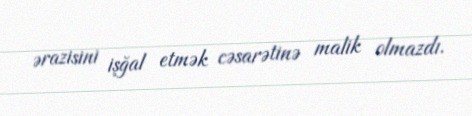
ərazisini işğal etmək cəsarətinə malik olmazdı.